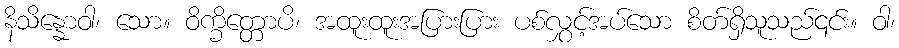
နိသိန္နောဝါ၊ သော။ ဝိက္ခိတ္တောပိ၊ အထူးထူးအပြားပြား ပစ်လွှင့်အပ်သော စိတ်ရှိသူသည်၎င်း။ ဝါ၊